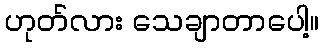
ဟုတ်လား သေချာတာပေါ့။